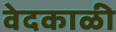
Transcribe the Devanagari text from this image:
वेदकाळी